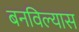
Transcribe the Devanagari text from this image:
बनविल्यास